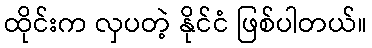
ထိုင်းက လှပတဲ့ နိုင်ငံ ဖြစ်ပါတယ်။